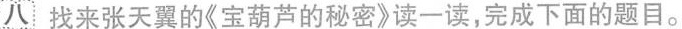
八找来张天翼的《宝葫芦的秘密》读一读，完成下面的题目。